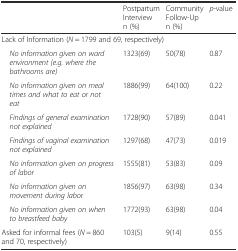
|  | Postpartum Interviewn (%) | Community Follow-Upn (%) | p-value |
 | --- | --- | --- | --- |
 | <COLSPAN=4> Lack of Information (N = 1799 and 69, respectively) |
 | No information given on ward environment (e.g. where the bathrooms are) | 1323(69) | 50(78) | 0.87 |
 | No information given on meal times and what to eat or not eat | 1886(99) | 64(100) | 0.22 |
 | Findings of general examination not explained | 1728(90) | 57(89) | 0.041 |
 | Findings of vaginal examination not explained | 1297(68) | 47(73) | 0.019 |
 | No information given on progress of labor | 1555(81) | 53(83) | 0.09 |
 | No information given on movement during labor | 1856(97) | 63(98) | 0.34 |
 | No information given on when to breastfeed baby | 1772(93) | 63(98) | 0.04 |
 | Asked for informal fees (N = 860 and 70, respectively) | 103(5) | 9(14) | 0.55 |